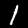
Digit: 1